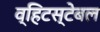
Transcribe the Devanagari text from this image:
व्हिटस्टेबल